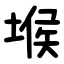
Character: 堠